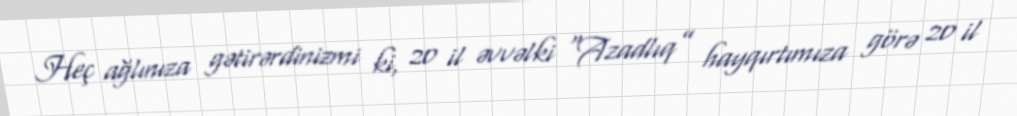
Heç ağlınıza gətirərdinizmi ki, 20 il əvvəlki “Azadlıq” hayqırtımıza görə 20 il